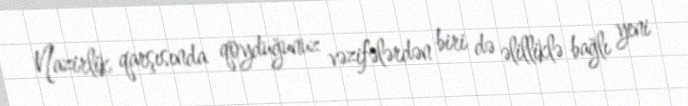
Nazirlik qarşısında qoyduğunuz vəzifələrdən biri də əlilliklə bağlı yeni